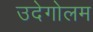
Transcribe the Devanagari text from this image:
उदेगोलम